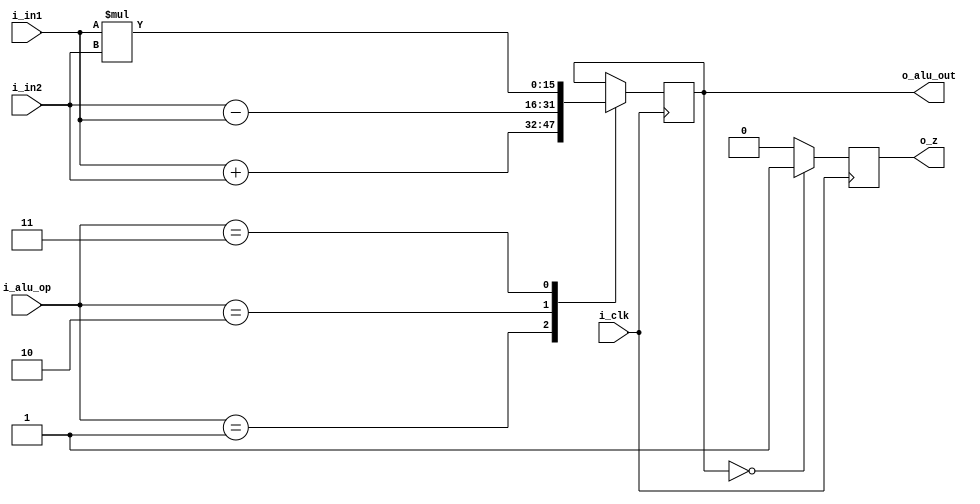
module ALU( 
    input i_clk,
    input [15:0] i_in1,
    input [15:0] i_in2,
    input [1:0] i_alu_op,
    output reg [15:0] o_alu_out,
    output reg o_z 
	);

    always @(posedge i_clk)begin
        case(i_alu_op)
            2'd1: o_alu_out <= i_in1 + i_in2;
            2'd2: o_alu_out <= i_in2 - i_in1;
            2'd3: o_alu_out <= i_in1 * i_in2;
        endcase

    	if (o_alu_out==0)
        	o_z <= 1;
    	else
        	o_z <= 0;
    	end

endmodule